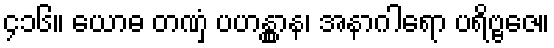
၄၁၆။ ယောဓ တဏှံ ပဟန္တွာန၊ အနာဂါရော ပရိဗ္ဗဇေ။